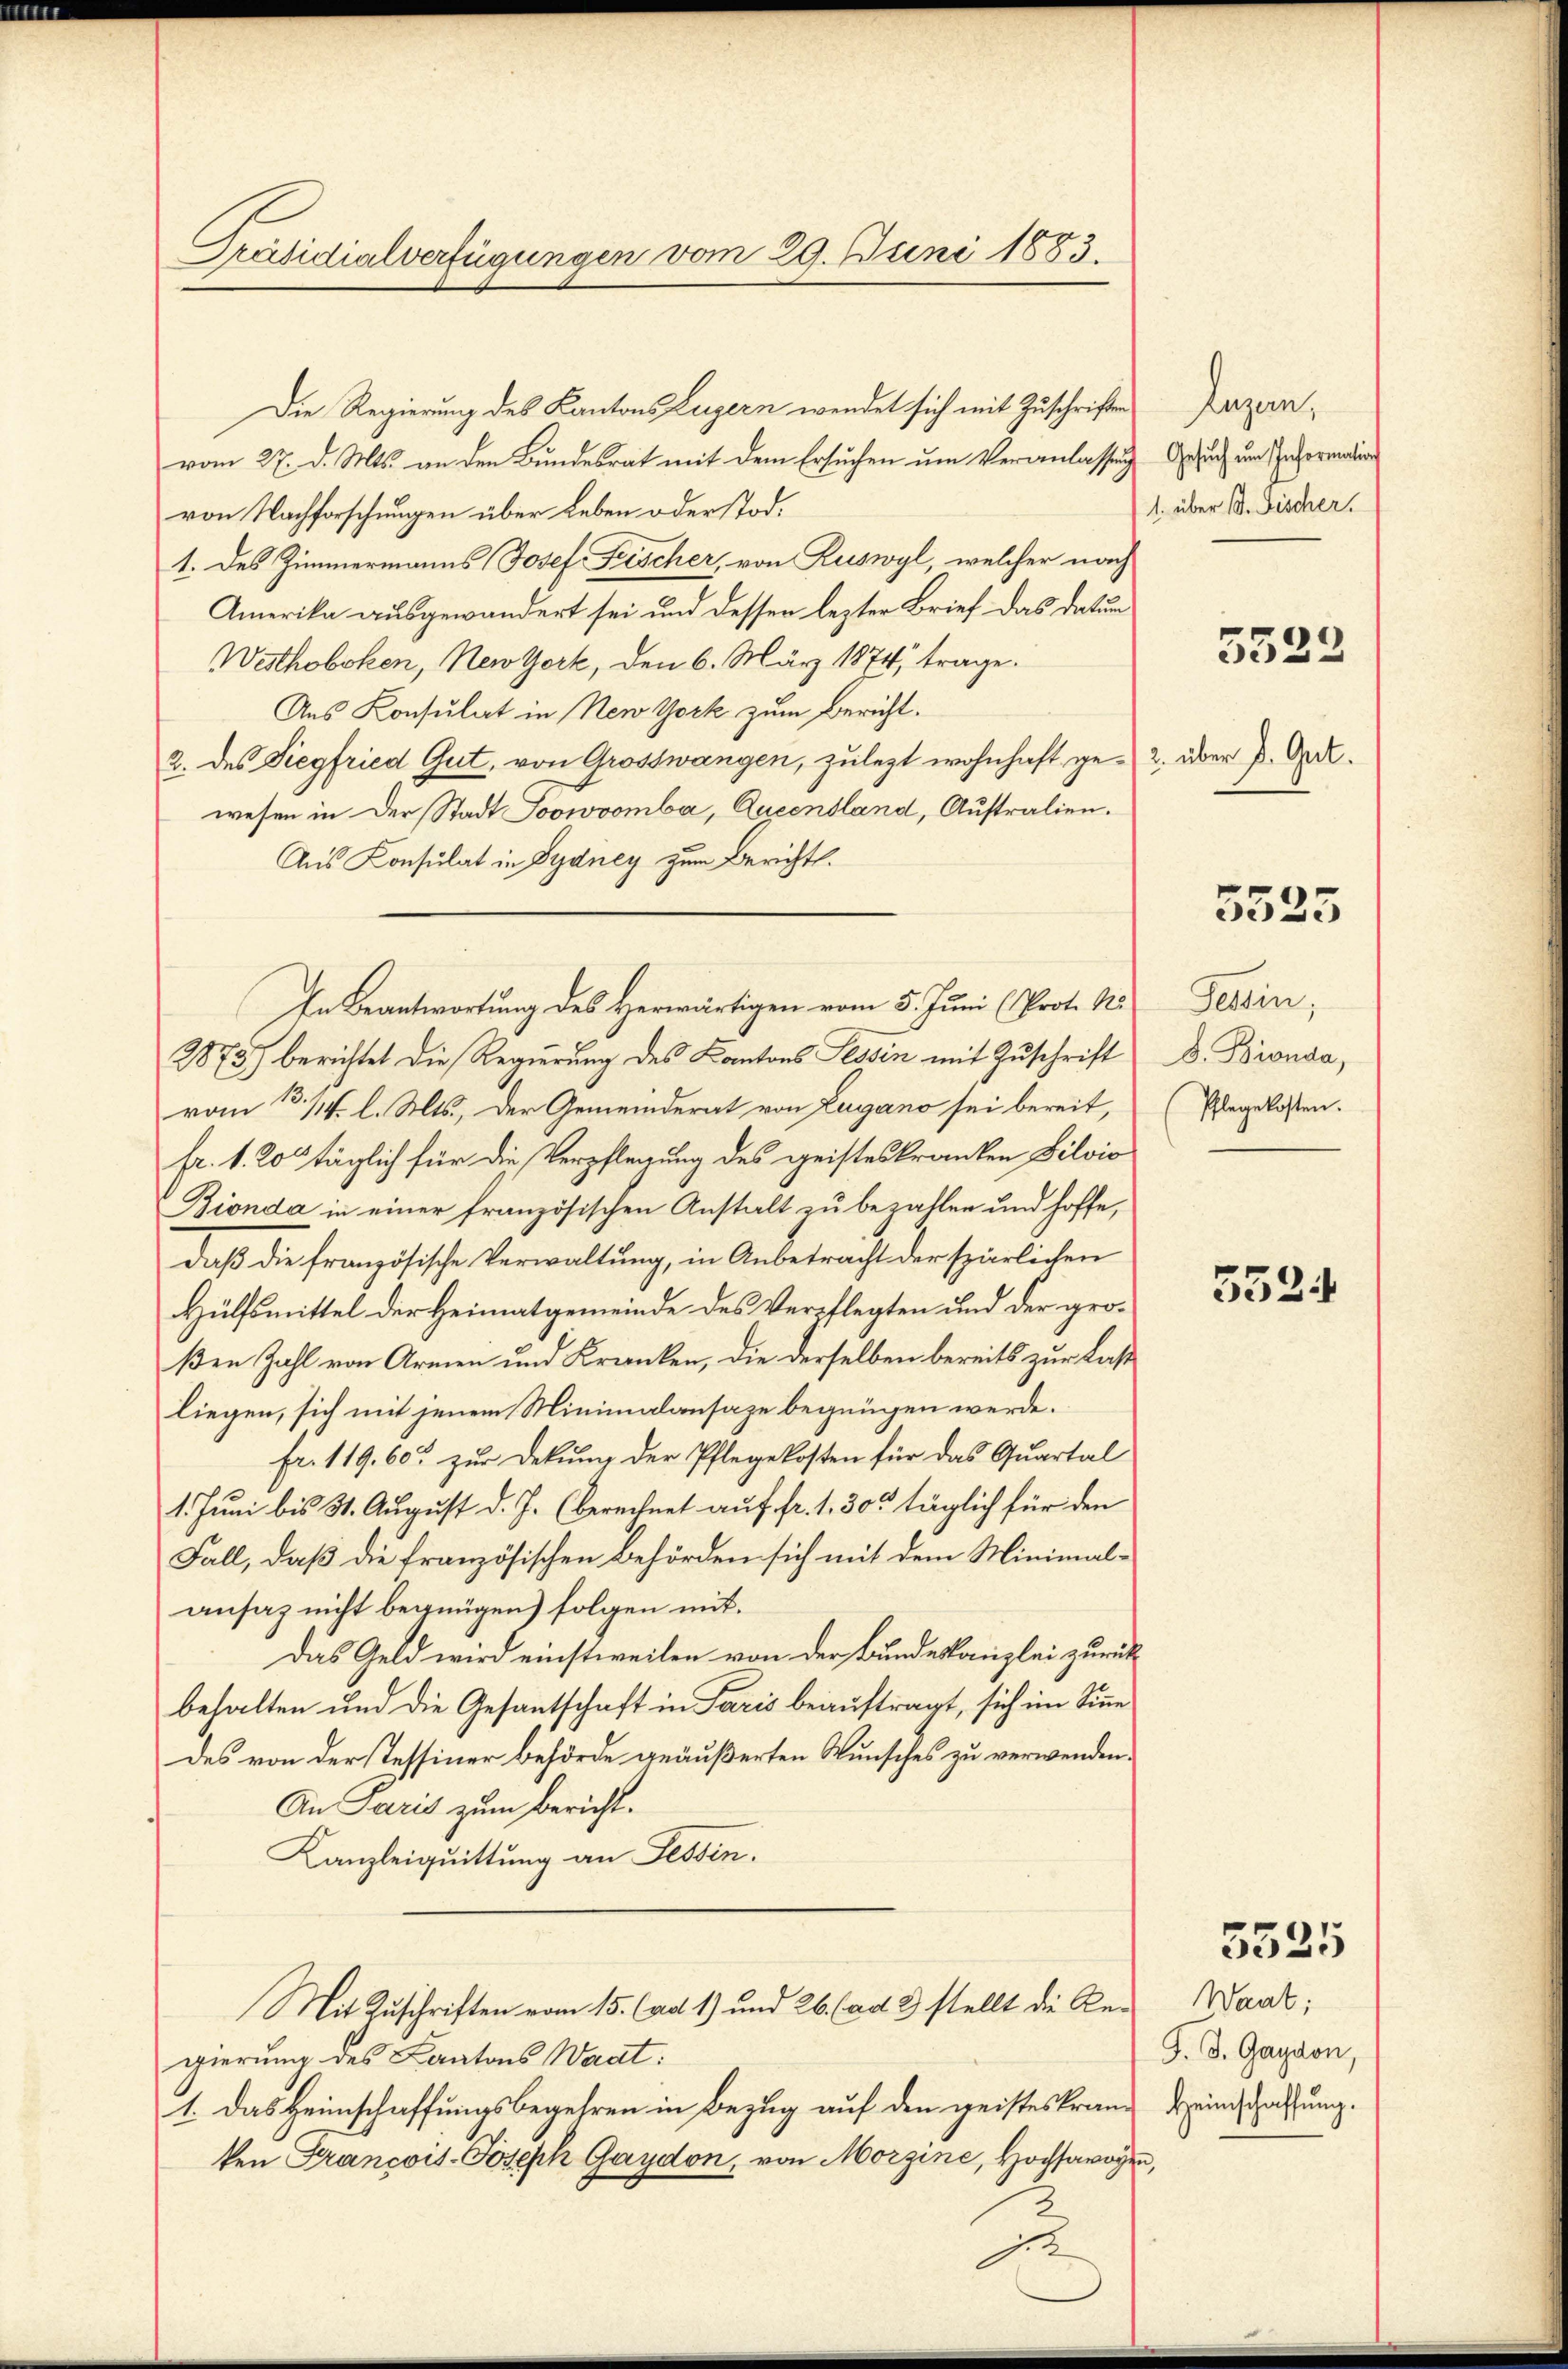
Präsidialverfügungen vom 29. Juni 1883.

Die Regierung des Kantons Luzern wendet sich mit Zuschriften
vom 27. d. Mts. an den Bundesrat mit dem Ersuchen um Veranlassung
von Nachforschungen über Leben oder Tod.
1. des Zimmermanns Josef Frischer, von Ruswyl, welcher nach
Amerika ausgewandert sei und dessen lezter Brief das datur
Werthoboken, New York, den 6. März 1874, trage.
Aus Konsulat in New York zum Bericht.
2. des Siegfried Gut, von Grosswangen, zulezt wohnhaft gewesen in der Stadt Joowvomba, Queensland, Australien.
Aus Konsulat in Sydney zum Berichts.
2873) berichtet die Regierung des Kantons Tessin mit Zuschrift
vom 13./14. l. Mts., der Gemeinderat von Zugano sei bereit,
fr. 1. 20 täglich für die Verpflegung des geisteskranken Silvis
Bionda in einer französischen Anstalt zu bezahlen und hoffe,
daβ die französische Verwaltŭng, in Anbetracht der spärlichen
Hülfsmittel der Heimatgemeinde des Verpflegten und der großen Zahl von Armen und Kranken, die derselben bereits zur Last
liegen, sich mit jenem Minimalansaze begnügen werde.
fr. 119. 60. zŭr Dekŭng der Pflegekosten für das Quartal
1. Juni bis 31. August d. J. (berechnet auf fr. 1, 30 täglich für den
Fall, daß die französischen Behörden sich mit dem Minimal-
ansaz nicht begnügen) folgen mit¬
Das Geld wird einstweilen von der Bundeskanzlei zurück
behalten und die Gesantschaft in Paris beauftragt, sich im Sinne
des von der Tessiner Behörde geäußerten Wunsches zu verwenden.
An Paris zum Bericht.
Kanzleiquittung an Tessin.
Mit Zuschriften vom 15. (ad 1) und 26. (ad 3 stellt die Regierung des Kantons Waat:
1. Das Heimschaffungsbegehren in Bezug auf den geisteskranken François-Joseph Gaydon, von Morgine, Hochsawogen,
je

In Beantwortung des Herwärtigen vom 5. Juni (Prot. Na

Luzern,
Gesuch um Information
1. über B. Fischer.

)
5522

2. über d. Gut.

5525

Gessin,
B. Bionda,
(Pflegekosten.

552.

5525

Waat;
J. J. Gaydon,
Heimschaffung.